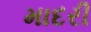
માદરી